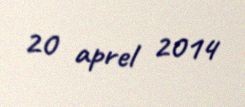
20 aprel 2014